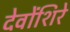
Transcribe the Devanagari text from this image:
देवोंशिरे